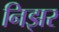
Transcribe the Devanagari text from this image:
निझर